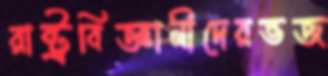
রাষ্ট্রবিজ্ঞানীদেরভজ